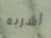
أشربه